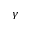
\gamma